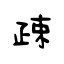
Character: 疎